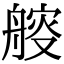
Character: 䑹